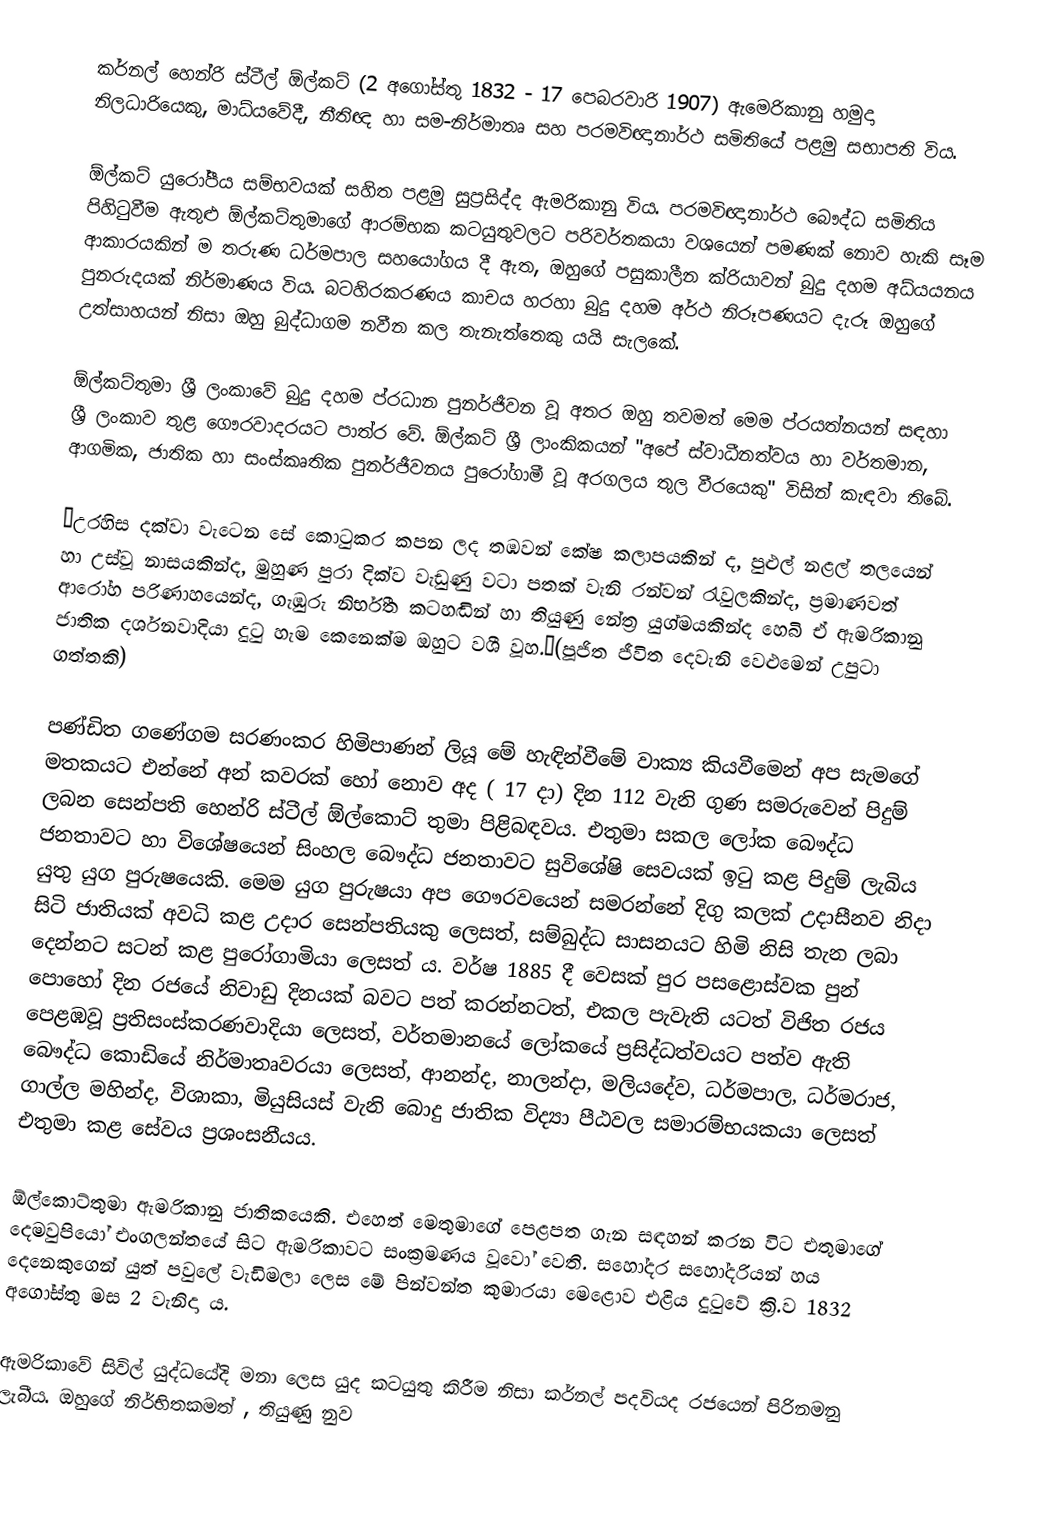
කර්නල් හෙන්රි ස්ටීල් ඕල්කට් (2 අගෝස්තු 1832 - 17 පෙබරවාරි 1907) ඇමෙරිකානු හමුදා නිලධාරියෙකු, මාධ්යවේදී, නීතිඥ හා සම-නිර්මාතෘ සහ පරමවිඥානාර්ථ සමිතියේ පළමු සභාපති  විය.

ඕල්කට් යුරෝපීය සම්භවයක් සහිත පළමු සුප්‍රසිද්ද ඇමරිකානු විය. පරමවිඥානාර්ථ බෞද්ධ සමිති‍ය පිහිටුවීම ඇතුළු ඕල්කට්තුමාගේ ආරම්භක කටයුතුවලට පරිවර්තකයා වශයෙන් පමණක් නොව හැකි සෑම ආකාරයකින් ම තරුණ ධර්මපාල සහයෝගය දී ඇත, ඔහුගේ පසුකාලීන ක්රියාවන් බුදු දහම අධ්යයනය පුනරුදයක් නිර්මාණය විය. බටහිරකරණය කාචය හරහා බුදු දහම අර්ථ නිරූපණයට දැරූ ඔහුගේ උත්සාහයන් නිසා ඔහු බුද්ධාගම නවීන කල තැනැත්තෙකු යයි සැලකේ.

ඕල්කට්තුමා ශ්‍රී ලංකාවේ බුදු දහම ප්රධාන පුනර්ජීවන වූ අතර ඔහු තවමත් මෙම ප්රයත්නයන් සඳහා ශ්‍රී ලංකාව තුළ ගෞරවාදරයට පාත්ර වේ. ඕල්කට් ශ්‍රී ලාංකිකයන් "අපේ ස්වාධීනත්වය හා වර්තමාන, ආගමික, ජාතික හා සංස්කෘතික පුනර්ජීවනය පුරෝගාමී වූ අරගලය තුල වීරයෙකු" විසින් කැඳවා තිබේ.

‘උරහිස දක්වා වැටෙන සේ කොටුකර කපන ලද තඹවන් කේෂ කලාපයකින් ද, පුළුල් නළල් තලයෙන් හා උස්වූ නාසයකින්ද, මුහුණ පුරා දික්ව වැඩුණු වටා පතක් වැනි රන්වන් රැවුලකින්ද, ප්‍රමාණවත් ආරෝහ පරිණාහයෙන්ද, ගැඹුරු නිර්භීත කටහඬින් හා තියුණු නේත්‍ර යුග්මයකින්ද හෙබි ඒ ඇමරිකානු ජාතික දර්ශනවාදියා දුටු හැම කෙනෙක්ම ඔහුට වශී වූහ.‘(පූජිත ජීවිත දෙවැනි වෙළුමෙන් උපුටා ගත්තකි)

පණ්ඩිත ගණේගම සරණංකර හිමිපාණන් ලියූ මේ හැඳින්වීමේ වාක්‍ය කියවීමෙන් අප සැමගේ මතකයට එන්නේ අන් කවරක් හෝ නොව අද ( 17 දා) දින 112 වැනි ගුණ සමරුවෙන් පිදුම් ලබන සෙන්පති හෙන්රි ස්ටීල් ඕල්කොට් තුමා පිළිබඳවය. එතුමා සකල ලෝක බෞද්ධ ජනතාවට හා විශේෂයෙන් සිංහල බෞද්ධ ජනතාවට සුවිශේෂි සෙවයක් ඉටු කළ පිදුම් ලැබිය යුතු යුග පුරුෂයෙකි. මෙම යුග පුරුෂයා අප ගෞරවයෙන් සමරන්නේ දිගු කලක් උදාසීනව නිදා සිටි ජාතියක් අවධි කළ උදාර සෙන්පතියකු ලෙසත්, සම්බුද්ධ සාසනයට හිමි නිසි තැන ලබා දෙන්නට සටන් කළ පුරෝගාමියා ලෙසත් ය. වර්ෂ 1885 දී වෙසක් පුර පසළොස්වක පුන් පොහෝ දින රජයේ නිවාඩු දිනයක් බවට පත් කරන්නටත්, එකල පැවැති යටත් විජිත රජය පෙළඹවූ ප්‍රතිසංස්කරණවාදියා ලෙසත්, වර්තමානයේ ලෝකයේ ප්‍රසිද්ධත්වයට පත්ව ඇති බෞද්ධ කොඩියේ නිර්මාතෘවරයා ලෙසත්, ආනන්ද, නාලන්දා, මලියදේව, ධර්මපාල, ධර්මරාජ, ගාල්ල මහින්ද, විශාකා, මියුසියස් වැනි බොදු ජාතික විද්‍යා පීඨවල සමාරම්භයකයා ලෙසත් එතුමා කළ සේවය ප්‍රශංසනීයය.

ඕල්කොට්තුමා ඇමරිකානු ජාතිකයෙකි. එහෙත් මෙතුමාගේ පෙළපත ගැන සඳහන් කරන විට එතුමාගේ දෙමවුපියෝ එංගලන්තයේ සිට ඇමරිකාවට සංක්‍රමණය වූවෝ වෙති. සහෝදර සහෝදරියන් හය දෙනෙකුගෙන් යුත් පවුලේ වැඩිමලා ලෙස මේ පින්වන්ත කුමාරයා මෙළොව එළිය දුටුවේ ක්‍රි.ව 1832 අගෝස්තු මස 2 වැනිදා ය.

ඇමරිකාවේ සිවිල් යුද්ධයේදි මනා ලෙස යුද කටයුතු කිරීම නිසා කර්නල් පදවියද රජයෙන් පිරිනමනු ලැබීය. ඔහුගේ නිර්භිතකමත් , තියුණු නුව